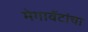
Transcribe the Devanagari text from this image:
मेगावॅटांचा